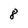
Character: 8